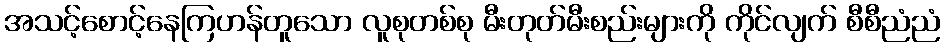
အသင့်စောင့်နေကြဟန်တူသော လူစုတစ်စု မီးတုတ်မီးစည်းများကို ကိုင်လျက် စီစီညံညံ